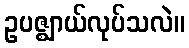
ဥပဇ္ဈာယ်လုပ်သလဲ။